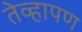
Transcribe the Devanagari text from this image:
तेव्हापण